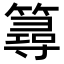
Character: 𥳍